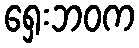
ရှေးဘဝက